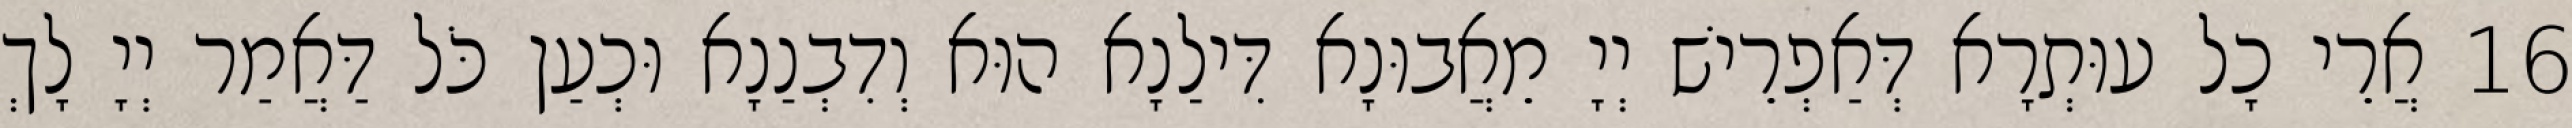
16 אֲרֵי כָל עוּתְרָא דְּאַפְרֵישׁ יְיָ מֵאֲבוּנָא דִּילַנָא הוּא וְדִבְנַנָא וּכְעַן כֹּל דַּאֲמַר יְיָ לָךְ